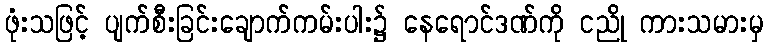
ဖုံးသဖြင့် ပျက်စီးခြင်းချောက်ကမ်းပါး၌ နေရောင်ဒဏ်ကို ငညို ကားသမားမှ